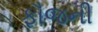
ફૌજની